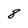
Character: 8